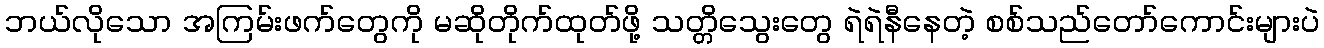
ဘယ်လိုသော အကြမ်းဖက်တွေကို မဆိုတိုက်ထုတ်ဖို့ သတ္တိသွေးတွေ ရဲရဲနီနေတဲ့ စစ်သည်တော်ကောင်းများပဲ